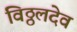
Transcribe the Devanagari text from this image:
विठ्ठलदेव